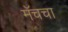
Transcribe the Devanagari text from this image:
मॅचचा